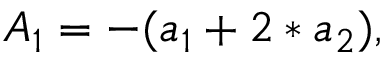
A _ { 1 } = - ( a _ { 1 } + 2 * a _ { 2 } ) ,